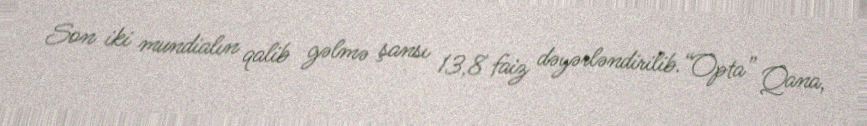
Son iki mundialın qalib gəlmə şansı 13,8 faiz dəyərləndirilib.“Opta” Qana,